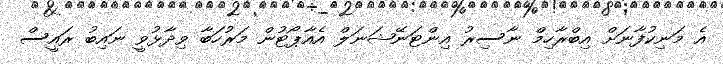
އެ މަނިކުފާނަށް އިބްރާހިމް ނާސިރު އިންޓަނޭޝަނަލް އެއާޕޯޓުން މަރުހަބާ ވިދާޅުވީ ނައިބު ރައީސް